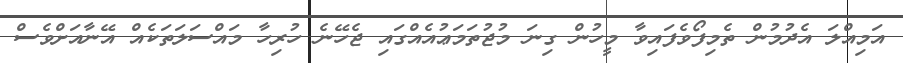
އަމިއްލަ އެދުމުން ތެމިފޯވެފައިވާ މީހުން ގިނަ މުޖުތަމަޢުއެއްގައި ޖެހޭނެ ހުރިހާ މައްސަލަތަކެއް އޭނާއަށްވެސް